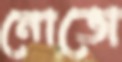
নোভো